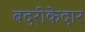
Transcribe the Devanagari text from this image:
बदरीकेदार